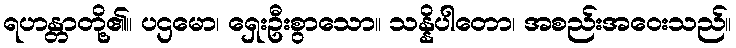
ရဟန္တာတို့၏။ ပဌမော၊ ရှေးဦးစွာသော။ သန္နိပါတော၊ အစည်းအဝေးသည်။